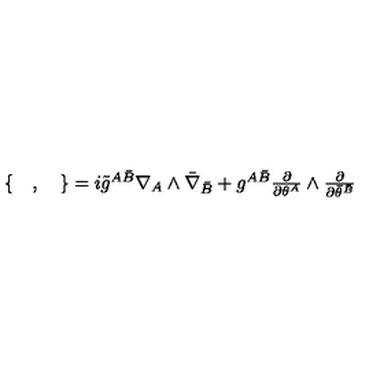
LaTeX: \begin{array} { c } { \{ \quad , \quad \} = i { \tilde { g } } ^ { A \bar { B } } \nabla _ { A } \wedge { \bar { \nabla } } _ { \bar { B } } + g ^ { A \bar { B } } \frac { \partial } { \partial \theta ^ { A } } \wedge \frac { \partial } { \partial { \bar { \theta } } ^ { \bar { B } } } } \\ \end{array}